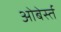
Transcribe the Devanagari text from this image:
ओबेर्स्त